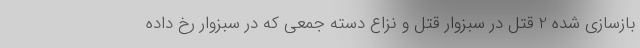
بازسازی شده 2 قتل در سبزوار قتل و نزاع دسته جمعی که در سبزوار رخ داده